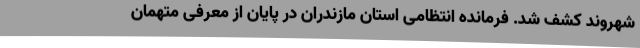
شهروند کشف شد. فرمانده انتظامی استان مازندران در پایان از معرفی متهمان